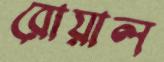
রোয়াল